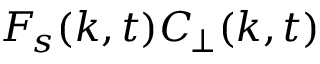
\ensuremath { F _ { \! s } } ( k , t ) \ensuremath { C _ { \! \! \: \perp } } ( k , t )